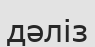
дәліз